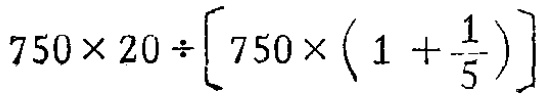
$750\times 20\div \left[750\times \left(1 + \frac{1}{5}\right)\right]$